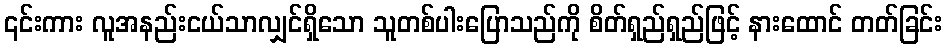
၎င်းကား လူအနည်းငယ်သာလျှင်ရှိသော သူတစ်ပါးပြောသည်ကို စိတ်ရှည်ရှည်ဖြင့် နားထောင် တတ်ခြင်း